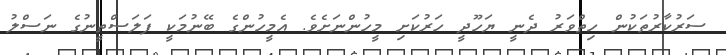
ސަރުކާރުތަކުން ހިތްވަރު ދެނީ ޔަހޫދީ ހަރުކަށި މީހުންނަށެވެ. އެމީހުންގެ ބޭނުމަކީ ފަލަސްތީނުގެ ނަސްލު